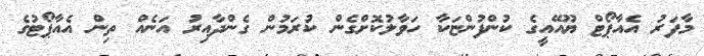
މާފަރު އެއާޕޯޓް ޔޫއޭއީގެ ކުންފުންޏަކާ ހަވާލުކޮށްގެން ކުރަމުން ގެންދާއިރު އަނެއް ތިން އެއާޕޯޓުގެ